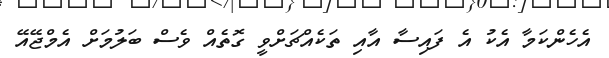
އެހެންކަމާ އެކު އެ ފައިސާ އާއި ތަކެއްޗަށްވީ ގޮތެއް ވެސް ބަލުމަށް އެމްޖޭއޭ